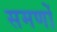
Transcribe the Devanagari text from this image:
समणों